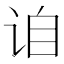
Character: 𬣰